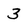
Character: 3